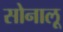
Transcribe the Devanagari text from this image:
सोनालू